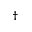
^ \dagger